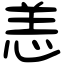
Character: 恙